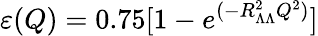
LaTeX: \varepsilon(Q)=0.75[1-e^{(-R_{\Lambda\Lambda}^{2}Q^{2})}]